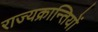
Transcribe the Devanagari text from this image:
राज्यक्रान्तियों